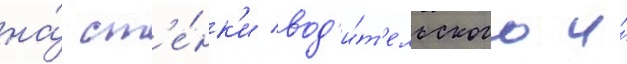
на́ ст'е́нк'и вод'и́т'ельского и́